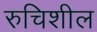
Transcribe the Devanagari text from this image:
रुचिशील